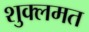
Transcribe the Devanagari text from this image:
शुक्लमत